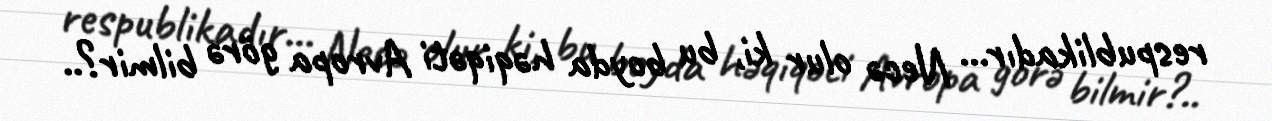
respublikadır... Necə olur ki, bu boyda həqiqəti Avropa görə bilmir?..